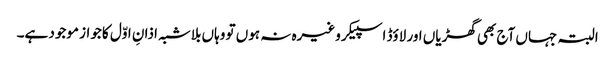
البتہ جہاں آج بھی گھڑیاں اور لاؤڈ اسپیکر وغیرہ نہ ہوں تو وہاں بلاشبہ اذانِ اوّل کا جواز موجود ہے۔